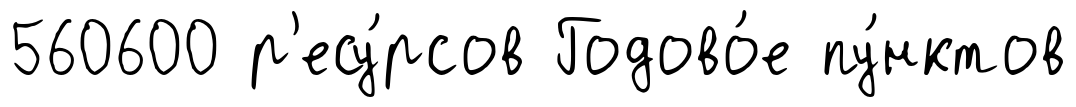
560600 р'есу́рсов Годово́е пу́нктов